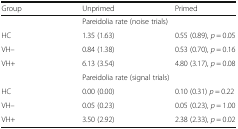
<table><thead><tr><td><b>Group</b></td><td><b>Unprimed</b></td><td><b>Primed</b></td></tr></thead><tbody><tr><td></td><td colspan="2">Pareidolia rate (noise trials)</td></tr><tr><td>HC</td><td>1.35 (1.63)</td><td>0.55 (0.89), <i>p</i> = 0.05</td></tr><tr><td>VH–</td><td>0.84 (1.38)</td><td>0.53 (0.70), <i>p</i> = 0.16</td></tr><tr><td>VH+</td><td>6.13 (3.54)</td><td>4.80 (3.17), <i>p</i> = 0.08</td></tr><tr><td></td><td colspan="2">Pareidolia rate (signal trials)</td></tr><tr><td>HC</td><td>0.00 (0.00)</td><td>0.10 (0.31) <i>p</i> = 0.22</td></tr><tr><td>VH–</td><td>0.05 (0.23)</td><td>0.05 (0.23), <i>p</i> = 1.00</td></tr><tr><td>VH+</td><td>3.50 (2.92)</td><td>2.38 (2.33), <i>p</i> = 0.02</td></tr></tbody></table>